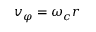
v _ { \varphi } = \omega _ { c } r